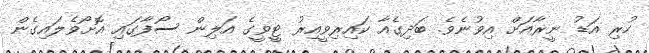
ހުރި އަޑު ނީރާއަށް އިވުނެވެ. ބަދިގެއާ ކައިރިވީއިރު ޓީވީގެ އަލިން ސޯފާގައި އޮށޯވެލައިގެން